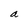
Character: a